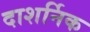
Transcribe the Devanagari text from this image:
दाशर्निक